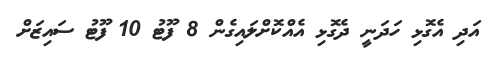
އަދި އެގޮޅި ހަދަނީ ދެގޮޅި އެއްކޮށްލައިގެން 8 ފޫޓު 10 ފޫޓު ސައިޒަށް